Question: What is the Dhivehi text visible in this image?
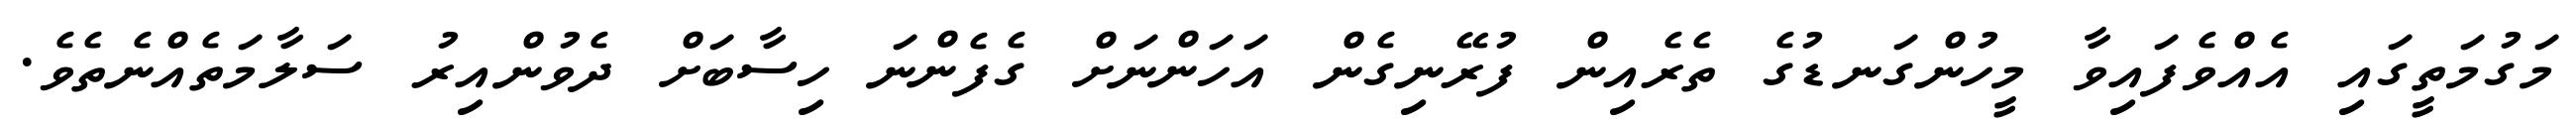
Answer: މަގުމަތީގައި އެއްވެފައިވާ މީހުންގަނޑުގެ ތެރެއިން ފުރޭނިގެން އަހަންނަށް ގެފެންނަ ހިސާބަށް ދެވުންއިރު ސަލާމަތެއްނެތެވެ.